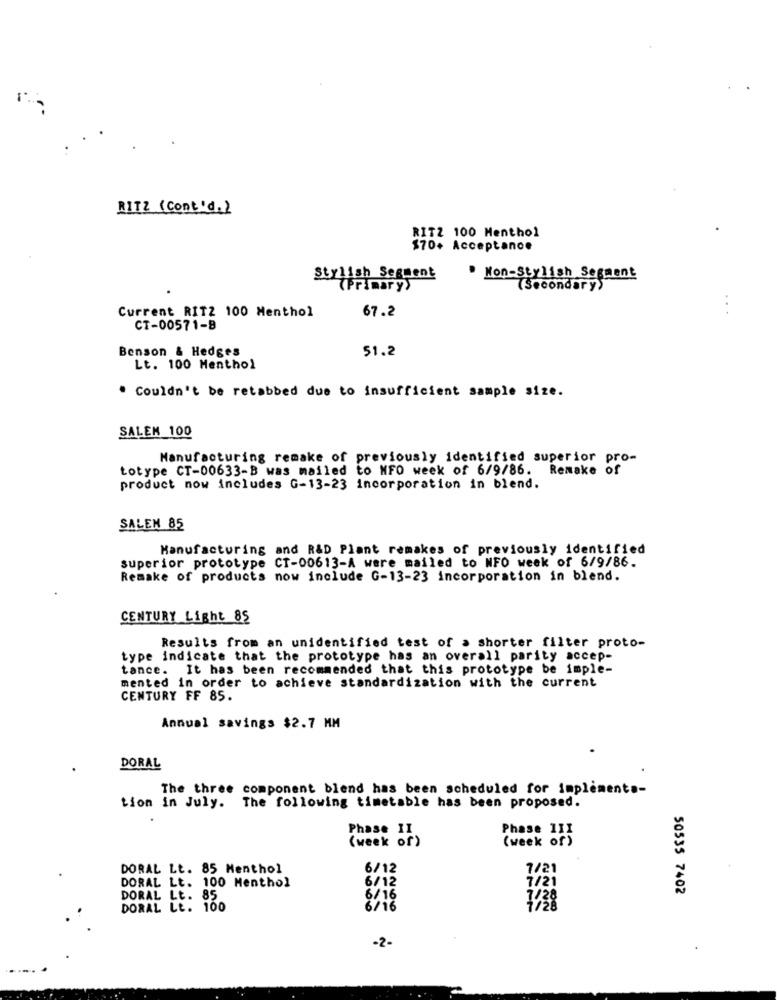
RITZ (Cont'd.)
RITZ 100 Menthol
$70+ Acceptance
Stylish Segment
. Non-Stylish Segment
(Primary>
(Secondary'S
Current RIT2 100 Menthol
67.2
CT-00571-8
Benson & Hedges
51.2
Lt. 100 Menthol
. Couldn't be retabbed due to insufficient sample size.
SALEM 100
Manufacturing remake of previously identified superior pro-
totype CT-00633-B was mailed to MFO week of 6/9/86. Remake of
product now includes G-13-23 incorporation in blend.
SALEN 85
Manufacturing and R&D Plant remakes of previously identified
superior prototype CT-00613-A were mailed to NFO week of 6/9/86.
Remake of products now include G-13-23 incorporation in blend.
CENTURY Light 85
Results from an unidentified test of a shorter filter proto-
type indicate that the prototype has an overall parity accep-
tance. It has been recommended that this prototype be imple-
mented in order to achieve standardization with the current
CENTURY FF 85.
Annual savings $2.7 MM
DORAL
The three component blend has been scheduled for implementa-
tion in July. The following timetable has been proposed.
Phase II
(week of)
( week or)
DORAL Lt. 85 Menthol
6/12
7/2
DORAL Lt. 100 Menthol
6/12
50535 7402
DORAL LE. 85
6/16
DORAL Lt. 100
6/16
-2-